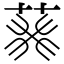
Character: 𦮙